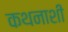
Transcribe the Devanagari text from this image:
कथनाशी